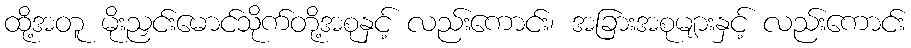
ထို့အတူ မိုးညှင်းမောင်သိုက်တို့အစုနှင့် လည်းကောင်း၊ အခြားအစုများနှင့် လည်းကောင်း